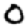
Digit: 0